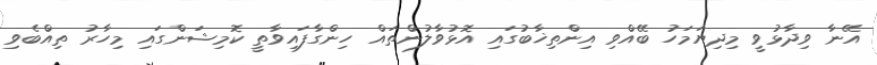
އޭނާ ވިދާޅުވީ މިދިޔަމަހު ބޭއްވި އިންތިޚާބުގައި އޮޅުވާލުންތައް ހިންގާފައިވާތީ ކޮމިޝަންގައި މިހާރު ތިއްބެވި